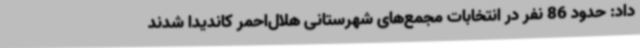
داد: حدود 86 نفر در انتخابات مجمع‌های شهرستانی هلال‌احمر کاندیدا شدند